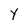
Character: y